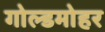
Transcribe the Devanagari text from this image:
गोल्डमोहर